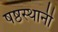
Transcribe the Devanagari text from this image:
षष्ठस्थानी